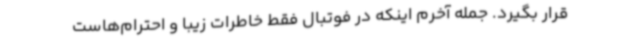
قرار بگیرد. جمله آخرم اینکه در فوتبال فقط خاطرات زیبا و احترام‌هاست